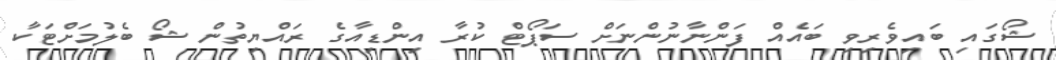
ޝޯގައި ބައިވެރިވި ބައެއް ފަންނާނުންނަށް ސަޕޯޓް ކުރާ އިންޑިއާގެ ރައްޔިތުން ޝޯ ބެލުމަށްޓަކާ